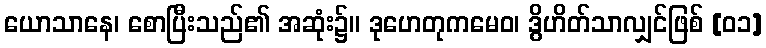
ယောသာနေ၊ စောပြီးသည်၏ အဆုံး၌။ ဒုဟေတုကမေဝ၊ ဒွိဟိတ်သာလျှင်ဖြစ် [၀၁]